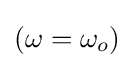
\left(\omega =\omega _{o}\right)